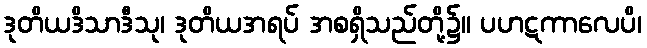
ဒုတိယဒိသာဒီသု၊ ဒုတိယအရပ် အစရှိသည်တို့၌။ ပဟဋကာလေပိ၊